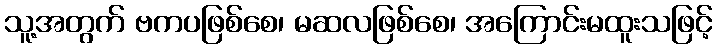
သူ့အတွက် ဗကပဖြစ်စေ၊ မဆလဖြစ်စေ၊ အကြောင်းမထူးသဖြင့်